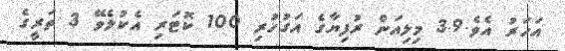
އަހަރު އެވެ.3.9 މިލިއަން ރުފިޔާގެ އަގުހުރި 100 ކޮޓަރި އެކުލެވޭ 3 ތަރީގެ